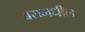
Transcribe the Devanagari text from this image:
बसमधील